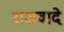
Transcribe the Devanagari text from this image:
राजवादे